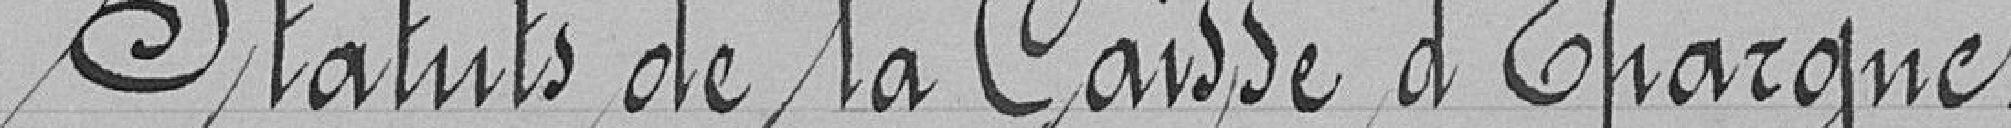
Statuts de la Caisse d'Épargne.